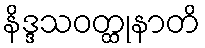
နိဒ္ဒသဝတ္ထုနာတိ